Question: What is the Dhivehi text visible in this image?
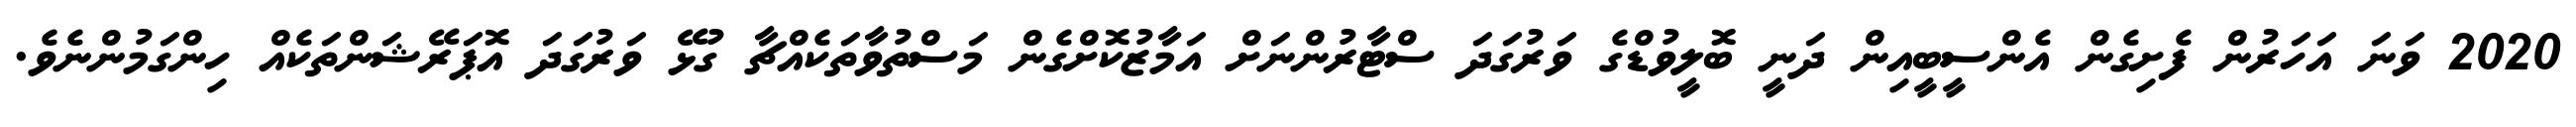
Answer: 2020 ވަނަ އަހަރުން ފެށިގެން އެންސީބީއިން ދަނީ ބޮލީވުޑްގެ ވަރުގަދަ ސްޓާރުންނަށް އަމާޒުކޮށްގެން މަސްތުވާތަކެއްޗާ ގުޅޭ ވަރުގަދަ އޮޕަރޭޝަންތަކެއް ހިންގަމުންނެވެ.